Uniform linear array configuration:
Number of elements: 4
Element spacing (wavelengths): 0.5
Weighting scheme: uniform
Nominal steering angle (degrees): -15
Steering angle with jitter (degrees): -16.19
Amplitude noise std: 0.05
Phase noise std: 0.05

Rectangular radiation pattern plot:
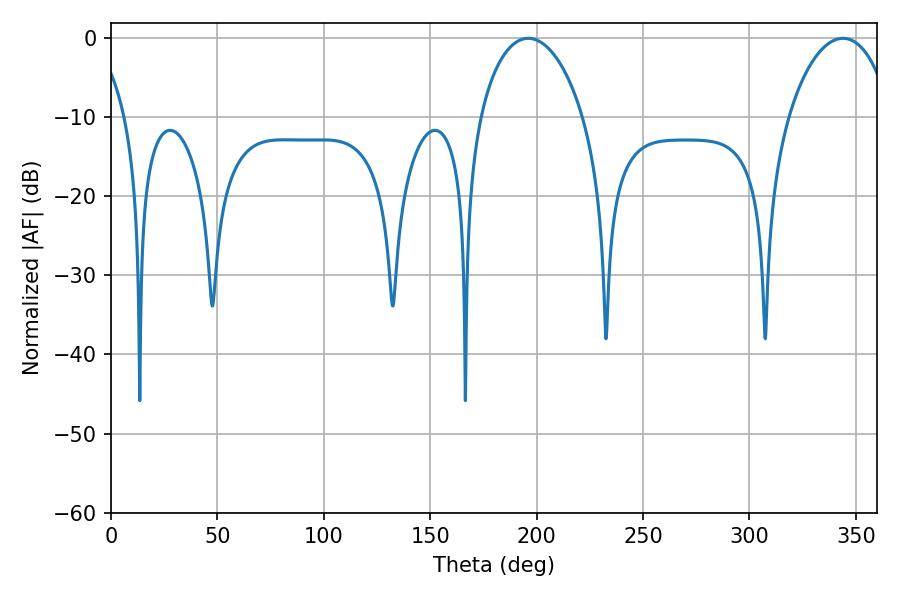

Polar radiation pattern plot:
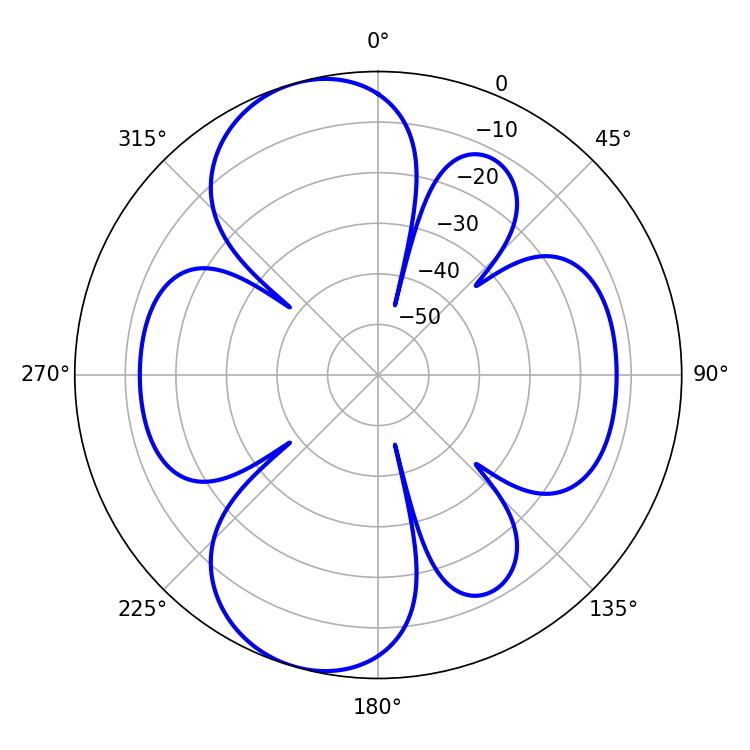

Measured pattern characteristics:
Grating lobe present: FALSE
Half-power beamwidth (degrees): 27.72
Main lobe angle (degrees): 196.02